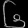
Digit: ၆